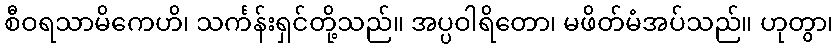
စီဝရသာမိကေဟိ၊ သင်္ကန်းရှင်တို့သည်။ အပ္ပဝါရိတော၊ မဖိတ်မံအပ်သည်။ ဟုတွာ၊